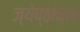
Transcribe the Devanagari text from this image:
ज्येष्ठांच्या